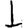
Digit: 1